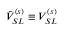
\tilde { V } _ { S L } ^ { ( s ) } \equiv V _ { S L } ^ { ( s ) }